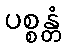
ပစ္စန္တံ